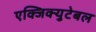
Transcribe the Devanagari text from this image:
एक्जिक्युटेबल